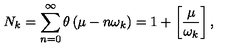
N _ { k } = \sum _ { n = 0 } ^ { \infty } \theta \left( \mu - n \omega _ { k } \right) = 1 + \left[ \frac { \mu } { \omega _ { k } } \right] ,